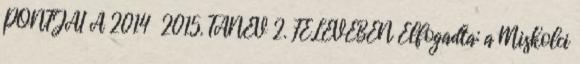
PONTJAI A 2014 2015. TANÉV 2. FÉLÉVÉBEN Elfogadta: a Miskolci